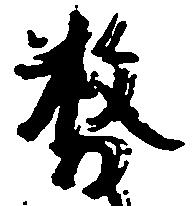
務